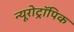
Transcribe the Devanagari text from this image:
न्यूरोट्रॉपिक